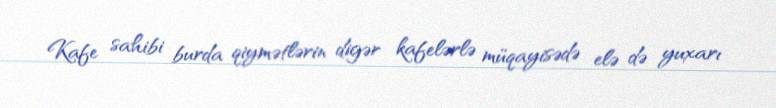
Kafe sahibi burda qiymətlərin digər kafelərlə müqayisədə elə də yuxarı